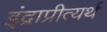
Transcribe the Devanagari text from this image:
इंद्राप्रीत्यर्थ